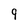
Character: q